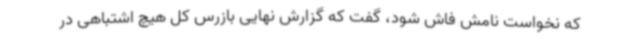
که نخواست نامش فاش شود، گفت که گزارش نهایی بازرس کل هیچ اشتباهی در